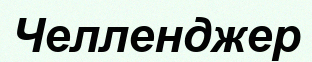
Челленджер